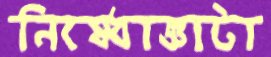
নিষেধাজ্ঞাটা